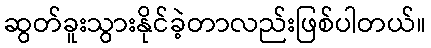
ဆွတ်ခူးသွားနိုင်ခဲ့တာလည်းဖြစ်ပါတယ်။